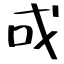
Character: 戓